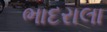
ભાદરાલા